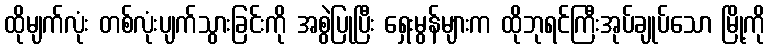
ထိုမျက်လုံး တစ်လုံးပျက်သွားခြင်းကို အစွဲပြုပြီး ရှေးမွန်များက ထိုဘုရင်ကြီးအုပ်ချုပ်သော မြို့ကို